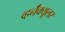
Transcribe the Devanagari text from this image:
व्हर्नॅक्यूलर